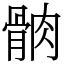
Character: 䯐